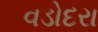
વડોદરા